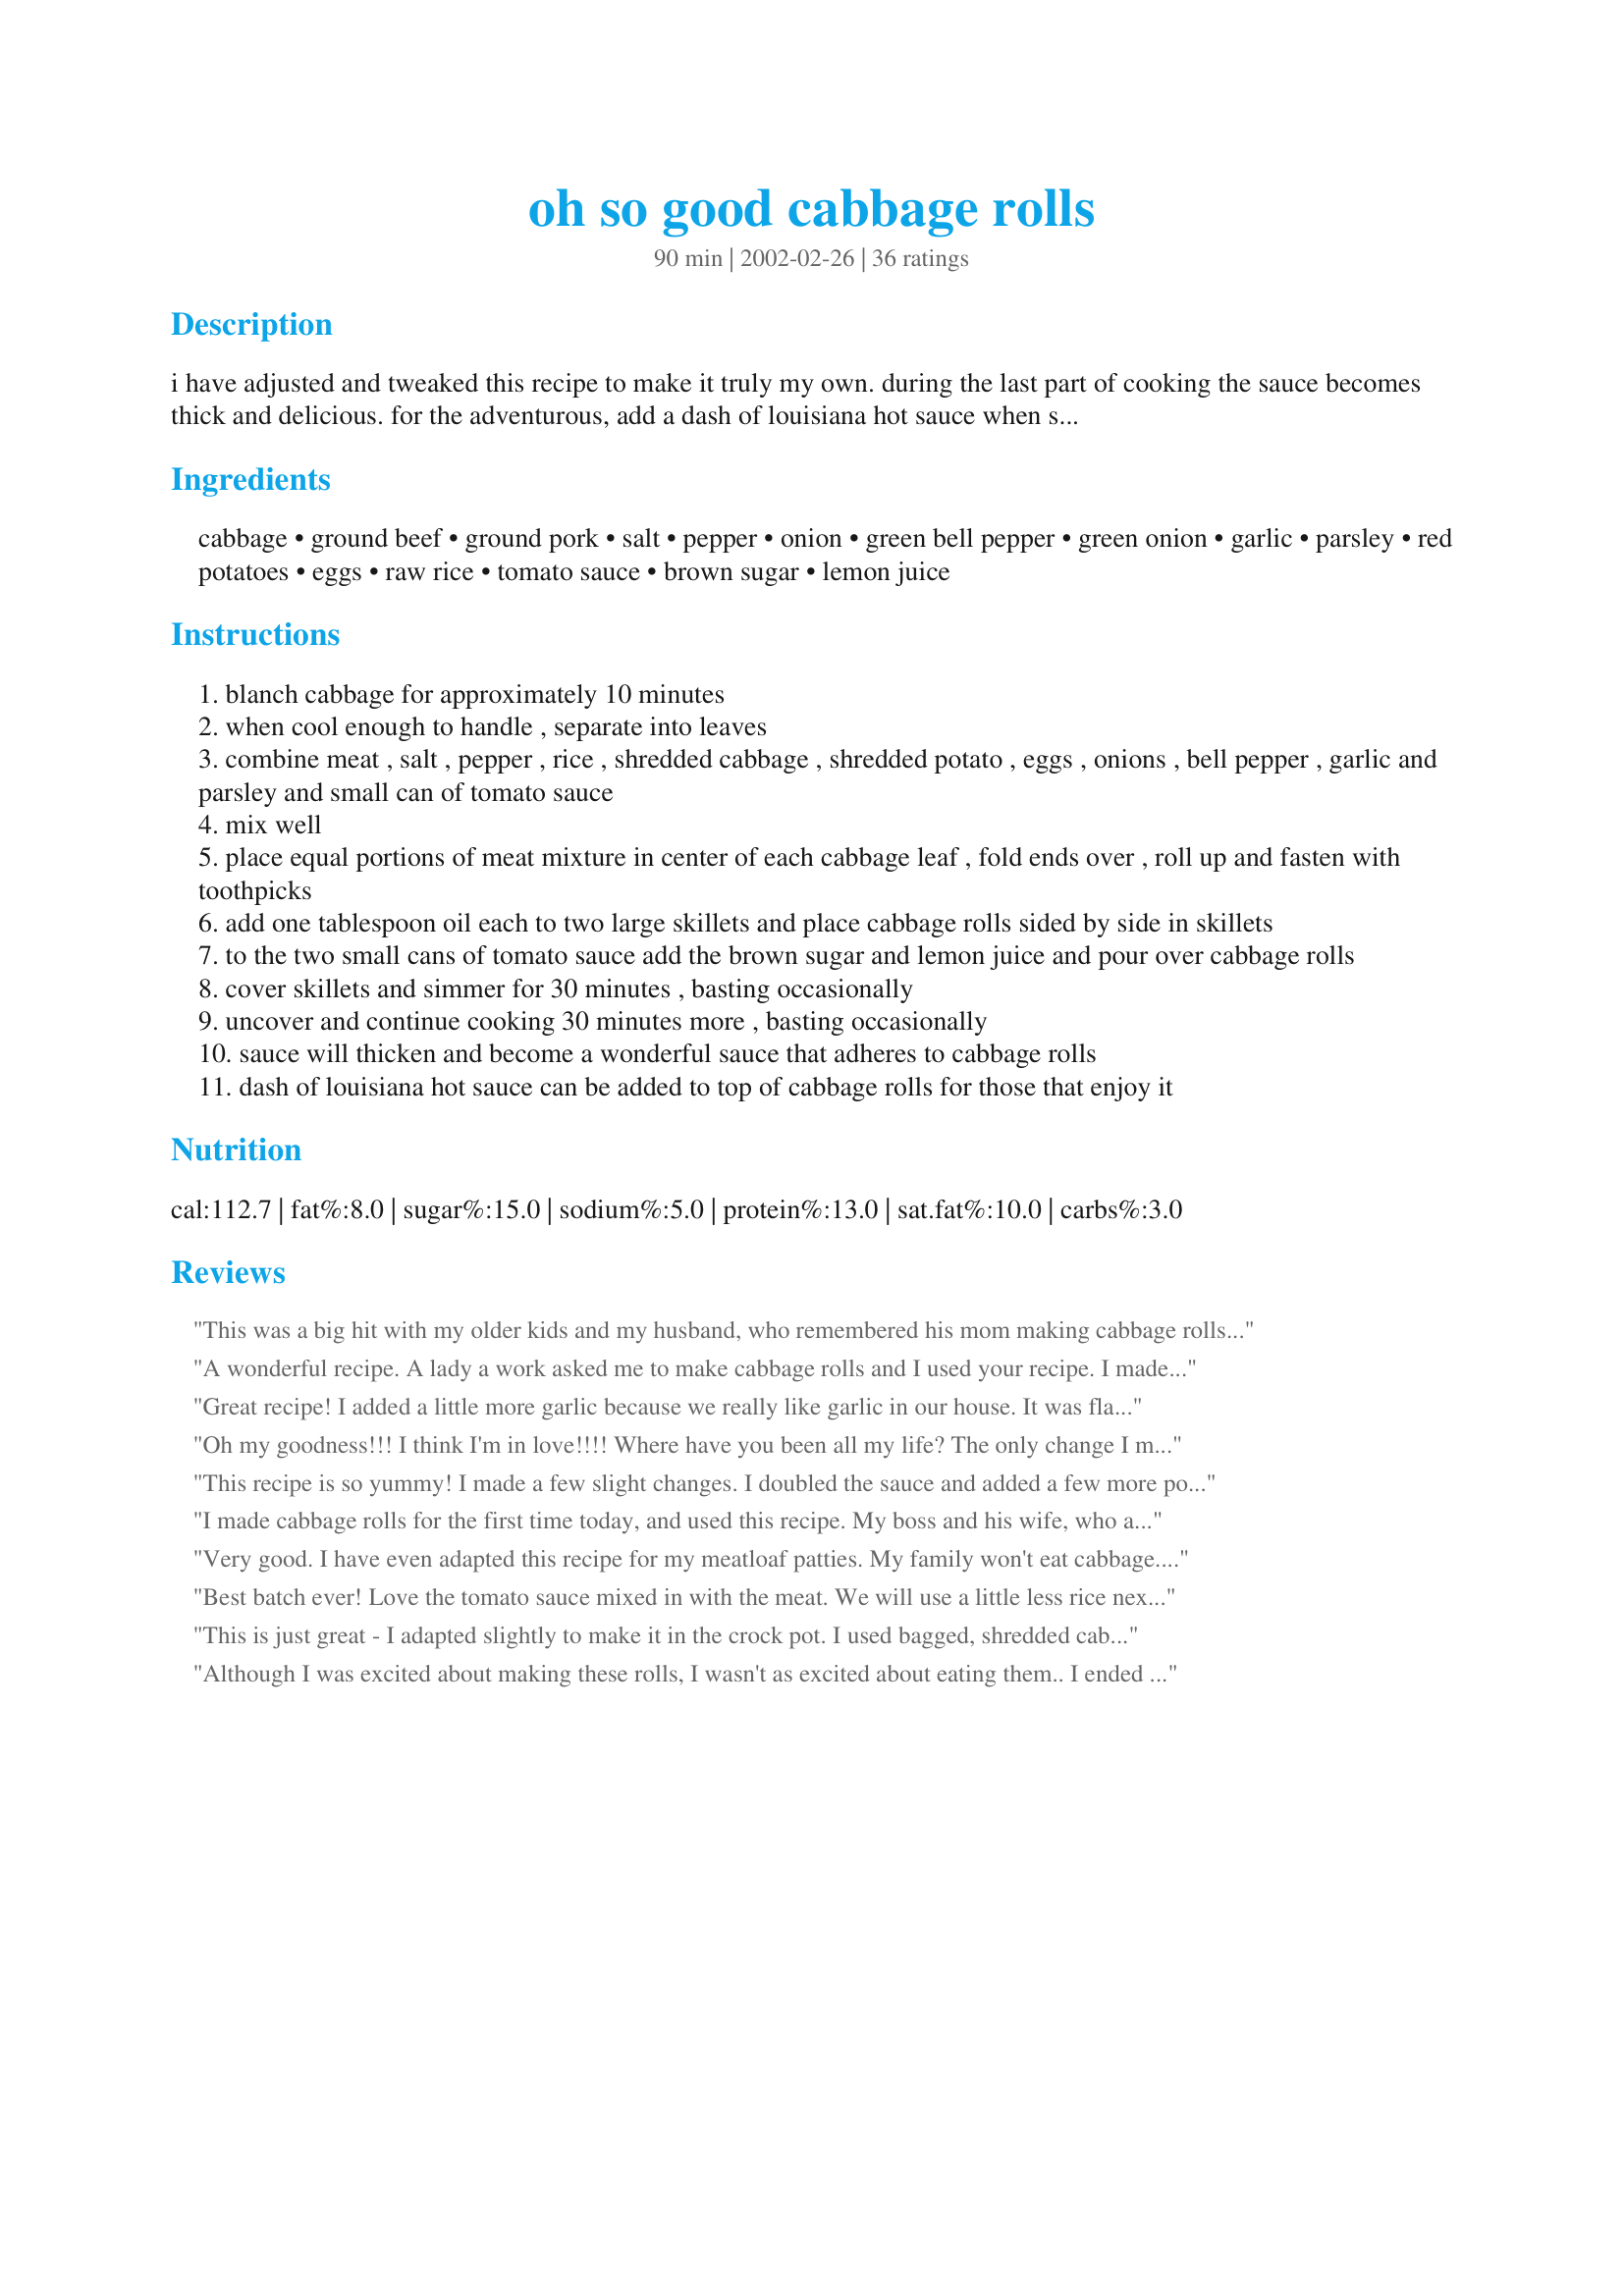
oh so good cabbage rolls
Preparation time: 90 minutes

i have adjusted and tweaked this recipe to make it truly my own. during the last part of cooking the sauce becomes thick and delicious. for the adventurous, add a dash of louisiana hot sauce when serving.

Ingredients:
cabbage, ground beef, ground pork, salt, pepper, onion, green bell pepper, green onion, garlic, parsley, red potatoes, eggs, raw rice, tomato sauce, brown sugar, lemon juice

Steps:
blanch cabbage for approximately 10 minutes
when cool enough to handle , separate into leaves
combine meat , salt , pepper , rice , shredded cabbage , shredded potato , eggs , onions , bell pepper , garlic and parsley and small can of tomato sauce
mix well
place equal portions of meat mixture in center of each cabbage leaf , fold ends over , roll up and fasten with toothpicks
add one tablespoon oil each to two large skillets and place cabbage rolls sided by side in skillets
to the two small cans of tomato sauce add the brown sugar and lemon juice and pour over cabbage rolls
cover skillets and simmer for 30 minutes , basting occasionally
uncover and continue cooking 30 minutes more , basting occasionally
sauce will thicken and become a wonderful sauce that adheres to cabbage rolls
dash of louisiana hot sauce can be added to top of cabbage rolls for those that enjoy it

Reviews:
This was a big hit with my older kids and my husband, who remembered his mom making cabbage rolls on top of the stove. My second son told me to make sure I keep this recipe. Actually I made half in the oven and half on the stovetop, since I only had one skillet big enough, and the stovetop version turned out much, much better. I need to buy another skillet! :-)
A wonderful recipe. A lady a work asked me to make cabbage rolls and I used your recipe. I made two minor changes. First, I added two cups of cooked rice instead of the uncooked rice. (I've not had good luck cooking raw rice in casseroles and it getting done, so I didn't want to chance it since I was serving it to people at work). And added about 2 teaspoons of Worchestershire sauce to the sauce. And those were my only changes. I got 18 rolls, but they were very generous in size. Thank you so much for this recipe. I will use it often.
Great recipe! I added a little more garlic because we really like garlic in our house. It was flavorful and delicious! I served it with sour cream.
Oh my goodness!!! I think I'm in love!!!! Where have you been all my life? The only change I made was to use all ground beef (skipped the ground pork) and to slow cook these in the oven at 275 for about 4 hours...Melt in your mouth delicious! My husband said they are the best he's ever had/ Thanks JoAnn!
This recipe is so yummy! I made a few slight changes. I doubled the sauce and added a few more potatoes and didnt put the shredded cabbage in the meat mixture. It was great!! I will definately be making this a lot more!!
I made cabbage rolls for the first time today, and used this recipe. My boss and his wife, who are cabbage roll finatics, came over for supper and they loved them! My husband and I also found them very delicious! Served them with caesar salad and garlic bread, and raspberry trifle for dessert. Thanks so much for posting!
Very good. I have even adapted this recipe for my meatloaf patties. My family won't eat cabbage. However, they don't realize its in these and eat them up.
Best batch ever! Love the tomato sauce mixed in with the meat. We will use a little less rice next time. Amazing full flavor!!
This is just great - I adapted slightly to make it in the crock pot. I used bagged, shredded cabbage, which I did not blanch. I placed that in the pot first, then the meat mixture, then sauce. I set the crock on low and went off to work. I came home to a great dinner! It turned out great. I think I will try making the meat into patties next time. Layering the ingredients really cuts down on prep time, and the taste is still terrific!
Although I was excited about making these rolls, I wasn't as excited about eating them.. I ended up just opening the cabbage leaves and eating the meat mixture out of them. The meat mixture was delicious! And I plan on using the unused portion amongst tonight's dinner. But the cabbage was just too tough and chewy for my liking. As a note: I didn't use any rice or potato as those aren't in my diet, but didn't change anything else.
My wife and I loved these. I changed the cooking times, 45 covered and 15 uncovered, it was just great. Next time I might add more onion, pepper and shredded cabbage to my taste. Also I used all beef no pork, because i had no pork. Just wonderful flavour. Will make again.I cooked them in an electric wok, worked just perfect. Thanks JoAnn.
These are the best cabbage rolls I have ever eaten. I followed the recipe except that I baked them in the oven. I would love to give this recipe more stars. A true winner that will be served many times. thank-you for this great recipe.
nice, but i hope the potato isnt noticable. also, you need carrot and only winter cabbage! very yummy even after frozen.
rnthese were awsome!!!!! thanks
These are great! I made 14 instead of 24 and they fit perfectly in my electric skillet. It's just the right amount of sauce. Delicious!
These are absolutely delicious! My husband loves them and requests them often.
Excellent! The only thing I did different was to leave out the potatoes, but we all loved this! I especially loved the sauce and so did the family. In fact when I made stuffed bell peppers I used this sauce and it was oh soooo good! Thanks!

Cathy
Wow, these were amazing! I did mine the lazy way, and in the crockpot (rough chopped the cabbage and fried it until it was wilted, browned the hamburger before adding everything else, then layered the cabbage and hamburger in the crockpot with the sauce over the top). SO GOOD!!! I am so excited that I have lots of leftovers. This is definitely something I will make over and over! Thanks!
This was a great dish to serve company. Replaced ground pork with medium-hot pork sausage. Also added about 1.5 cups of onion. Hot sauce definitely adds the proper kick. Evereyone loved these...even my picky Mother-In-Law.
I made these last night and everyone loved them. I used ground meat which I had on hand. This is the best !!!!!!
I doubled the sauce, my kids love this served with mash potatoes and they put sauce over potatoes.
I thought these were great and I liked the small changes in the regular ingredients. I brought these frozen on a camping trip for my meal contribution and everyone loved them. I also made an additional batch of sauce for the sauce eaters. I tried 2 different methods of cooking the cabbage boiled and microwaved. Microwaved was way better and kept it's green color - Use cabbage whole, deeply cored, set uncovered on a carousel or plate 2 1/2 lbs 5 minutes. I just keep peeling leaves off as they cook.
You get another 5 stars. I didn't have ground pork so added italian sausage and only 1 egg. Also put a dash of Worchestshire sauce in the sauce. Am so glad they will freeze. Perfect for the RV. Gloria
I ommitted the potatoes, and cooked them in the oven. They are absolutely the best cabbage rolls I've had to date! Thanks for the great recipe...
This is a fabulous recipe!!!! The only thing I will do next time is use crushed tomatoes in the sauce instead of tomato sauce and cut the sugar back a bit. The meat filling is probably the best cabbage roll filling I've ever tasted. My hubby went wild for these. Thanks so much for sharing!!!
update: just pulled 1/2 the batch out of the freezer. thawed them overnight & cooked them up-DELICIOUS!! My husband agreed too that they were better than the first 1/2 of the batch. I guess they get better w/ age....we LOVE them!
Probably the best cabbage rolls I have ever had, although cabbage rolls are not something I would choose to make often. I used brown rice, so did precook it for about 20 minutes. I also discovered that deep coreing the cabbage and cooking it in the microwave for 5 minutes was a very easy way to soften the leaves. I doubled the recipe for a large group, so I put a half cup of filling in the large leaves and 1/4 cup filling in the smaller inside leaves, putting them in seperate pans. I did not need to use toothpicks to hold them together. I cooked them in the oven due to quantity; but next time I will try them on top the stove. I was doubtful that 1.5 pounds of meat would make enough filling for 2 heads of cabbage, but the other filling ingredients made the quantity generous.
i really enjoyed this recipe... the taste is fantastic... i think the lemon added gave the right kick... thanks for posting...
Good recipe for a family not high on this type of food. I used 1 head of cabbage, and ran short on the larger sized leaves, so I would advise using 2 heads.
I've never cooked with cabbage before nor eaten it, so I was surprised that this was so GOOD! I did make a few changes; 1 1/2 lbs of ground beef, a red onion, one cup of rice, a can of rotel, and cayanne pepper. I had more filling than would fit in the rolls, so I shredded the remaining cabbage and cooked them both it in a seperate pan without sauce. It was even better without the cabbage roll and sauce so next time I won't even bother making rolls! I ended up tearing the rolls apart and pulling out the filling anyways. The potato was a nice touch! Excellent recipe!
I made these like a month ago and forgot to give a review.... 

I used ground chicken in place of the pork and beef and I didn't have any potatoes but figured its ok because there is going to be rice. And boy they came out so wonderful!! That sauce is just so delicious... I actually used less than 1/4 cup brown sugar and it was just perfect!! 

Thanks so much for this wonderful recipe!!
I had never made cabbage rolls on top of the stove before. This worked out really good! The sausage in the filling gives a great flavor. Adding the chopped cabbage and potatoes to the filling made it extra nice. The sauce is especially yummy! Thanks for the recipe Jo Ann!
This was very good. The sauce made it wonderful! To save on time I mixed all the ingredients in a food processer and added the rice at the end. Made for Beyond Burgers Photo Contest.
This was my first time making cabbage rolls. Familly were in town for sons wedding. Almost eveyone agreed they were the best they have had, what more can be said?
This is one of my fiancées favorite foods. When he asked me to cook them i panicked a little and then i found this recipe. They were very easy to make. I did not add the cabbage to the inside because my daughter will only eat the filling. I also omitted the potatoes because i didn't have any. When i put them on the table i said "I hope these are good, i have no idea what they are supposed to taste like since i don't eat cabbage." My fiancée started laughing and said "Honey, they are supposed to taste just like this, only not as good." For days he told all of his friends how awesome these cabbage rolls are. Thanks so much for this wonderful recipe...except that now i hear "When are you going to make those cabbage rolls again?" every few days ;0)
Taste better than my recipe for cabbage rolls. I like the fact that the potatoes hold the meat firmly, and it is savory, not too salty. I used canned tomato soup instead of tomato sauce, and potato flakes instead of a potato, what I already had in my pantry. Potato flakes is more convenient and less work. (tip) Also noticed using savoy cabbage is much faster/easier to prepare as it comes apart a lot easier then reg. cabbage.
